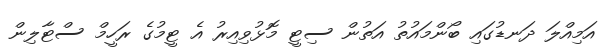
އަމިއްލަ ދަނޑުގައި ބޯންމައުތު އަތުން ސިޓީ މޮޅުވިއިރު އެ ޓީމުގެ ރަހީމް ސްޓާލިން